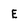
Character: E